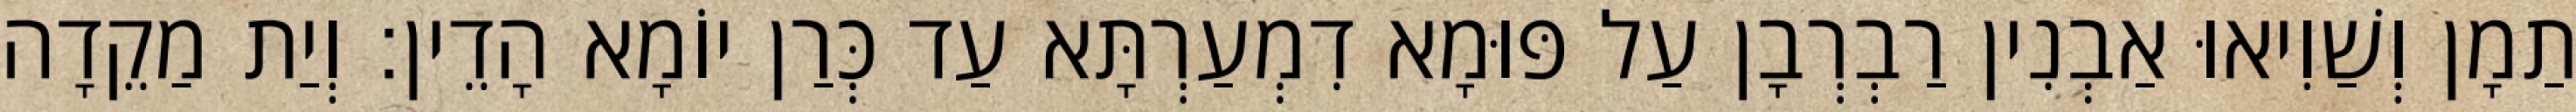
תַמָן וְשַׁוִיאוּ אַבְנִין רַבְרְבָן עַל פּוּמָא דִמְעַרְתָּא עַד כְּרַן יוֹמָא הָדֵין׃ וְיַת מַקֵדָה